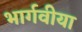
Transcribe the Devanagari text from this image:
भार्गवीया